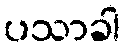
ပသာခါ